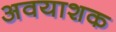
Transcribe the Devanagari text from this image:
अवयाशक